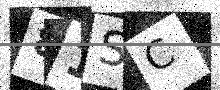
Text: 81SC